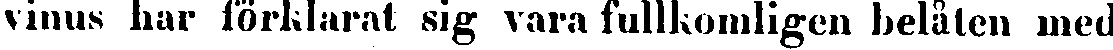
vinus har förklarat sig vara fullkomligen belåten med